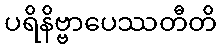
ပရိနိဗ္ဗာပေဿတီတိ